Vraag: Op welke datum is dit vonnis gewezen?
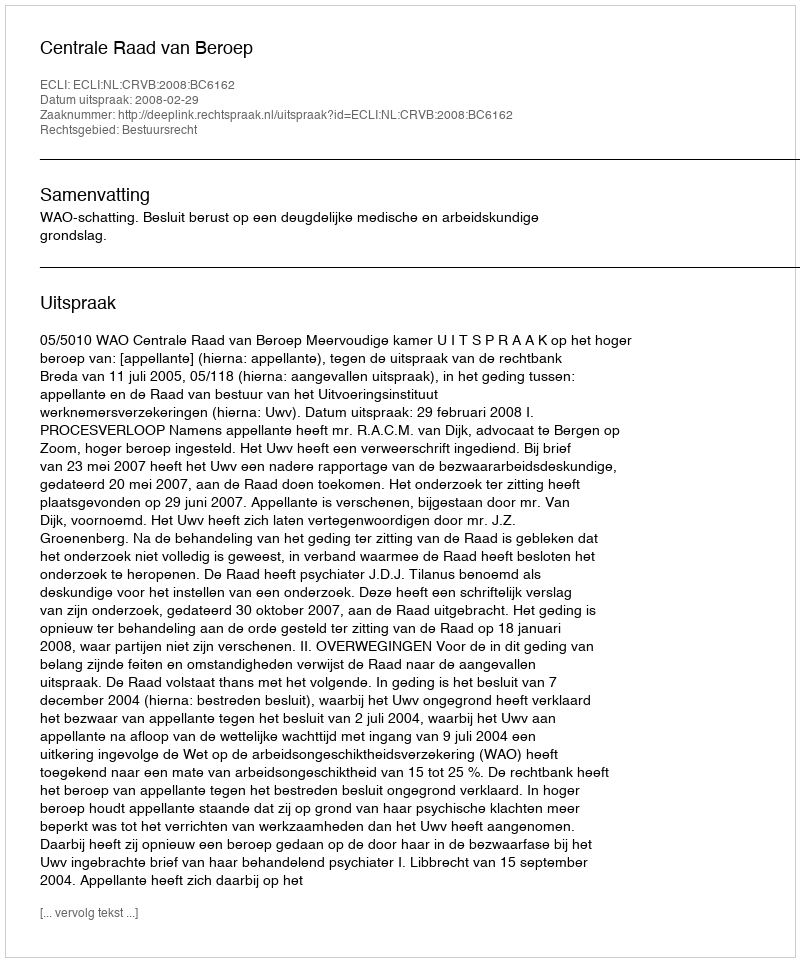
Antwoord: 2008-02-29